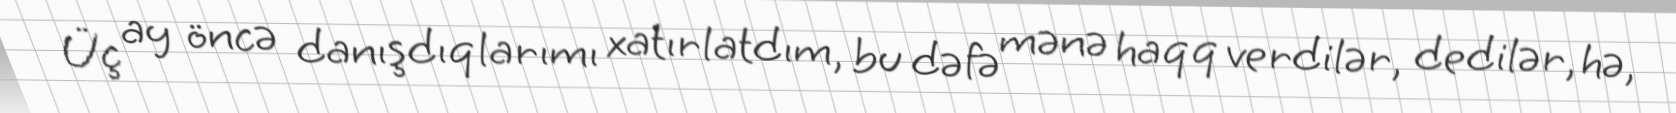
Üç ay öncə danışdıqlarımı xatırlatdım, bu dəfə mənə haqq verdilər, dedilər, hə,